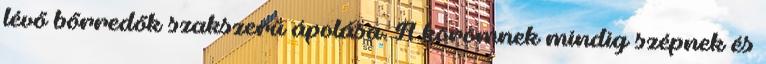
lévő bőrredők szakszerű ápolása. A körömnek mindig szépnek és